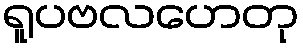
ရူပဗလဟေတု